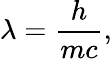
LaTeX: \lambda={\frac{h}{mc}},